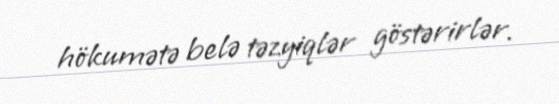
hökumətə belə təzyiqlər göstərirlər.